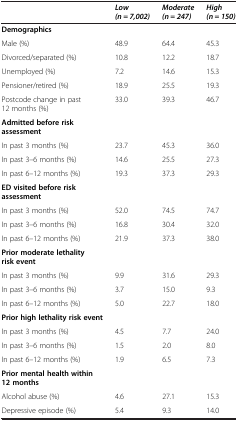
|  | Low (n = 7,002) | Moderate (n = 247) | High (n = 150) |
 | --- | --- | --- | --- |
 | Demographics |  |  |  |
 | Male (%) | 48.9 | 64.4 | 45.3 |
 | Divorced/separated (%) | 10.8 | 12.2 | 18.7 |
 | Unemployed (%) | 7.2 | 14.6 | 15.3 |
 | Pensioner/retired (%) | 18.9 | 25.5 | 19.3 |
 | Postcode change in past 12 months (%) | 33.0 | 39.3 | 46.7 |
 | Admitted before risk assessment |  |  |  |
 | In past 3 months (%) | 23.7 | 45.3 | 36.0 |
 | In past 3–6 months (%) | 14.6 | 25.5 | 27.3 |
 | In past 6–12 months (%) | 19.3 | 37.3 | 29.3 |
 | ED visited before risk assessment |  |  |  |
 | In past 3 months (%) | 52.0 | 74.5 | 74.7 |
 | In past 3–6 months (%) | 16.8 | 30.4 | 32.0 |
 | In past 6–12 months (%) | 21.9 | 37.3 | 38.0 |
 | Prior moderate lethality risk event |  |  |  |
 | In past 3 months (%) | 9.9 | 31.6 | 29.3 |
 | In past 3–6 months (%) | 3.7 | 15.0 | 9.3 |
 | In past 6–12 months (%) | 5.0 | 22.7 | 18.0 |
 | Prior high lethality risk event |  |  |  |
 | In past 3 months (%) | 4.5 | 7.7 | 24.0 |
 | In past 3–6 months (%) | 1.5 | 2.0 | 8.0 |
 | In past 6–12 months (%) | 1.9 | 6.5 | 7.3 |
 | Prior mental health within 12 months |  |  |  |
 | Alcohol abuse (%) | 4.6 | 27.1 | 15.3 |
 | Depressive episode (%) | 5.4 | 9.3 | 14.0 |